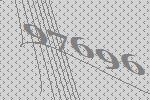
97696